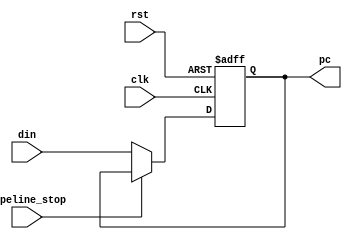
`timescale 1ns / 1ps

module PC(
    input wire        rst,
    input wire        clk,
    input wire [31:0] din,
    input wire        pipeline_stop,     //
    output reg [31:0] pc
);

    always @ (posedge clk or posedge rst) begin
        if(rst)                 pc <= 32'h0000_0000;
        else if(pipeline_stop)  pc <= pc;
        else                    pc <= din;
    end

endmodule